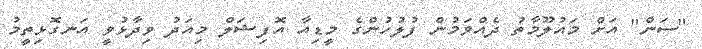
"ސަން" އަށް މައުލޫމާތު ދެއްވަމުން ފުލުހުންގެ މީޑިއާ އޮފިޝަލް މިއަދު ވިދާޅުވީ އަނގޮޅިތީމު